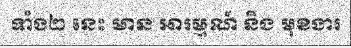
ទាំង២ នេះ មាន ឤរម្មណ៍ និង មុខងារ